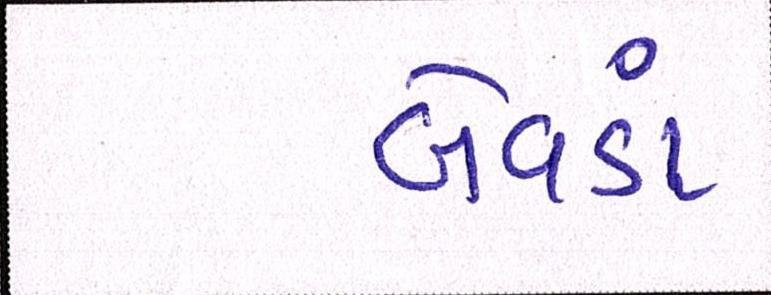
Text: બેવડાં